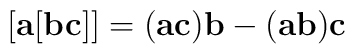
[{\bf a}[{\bf bc}]] = ({\bf ac}){\bf b} - ({\bf ab}){\bf c}